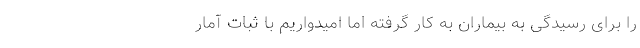
را برای رسیدگی به بیماران به کار گرفته اما امیدواریم با ثبات آمار